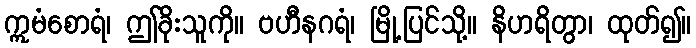
ဣမံစောရံ၊ ဤခိုးသူကို။ ဗဟီနဂရံ၊ မြို့ပြင်သို့။ နိဟရိတွာ၊ ထုတ်၍။